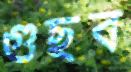
গুছব